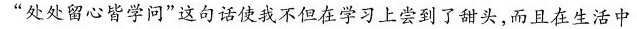
“处处留心皆学问”这句话使我不但在学习上尝到了甜头，而且在生活中